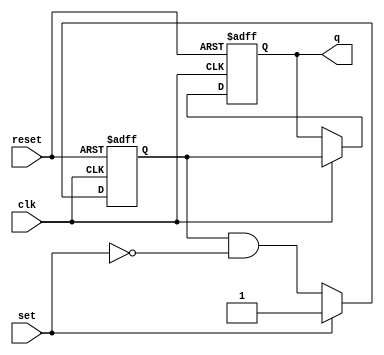
module sr_flipflop (
    input wire clk,
    input wire reset,
    input wire set,
    output reg q
);

reg master_latch;
reg slave_latch;

always @(posedge clk or posedge reset) begin
    if (reset) begin
        master_latch <= 1'b0;
        slave_latch <= 1'b0;
    end
    else begin
        master_latch <= set ? 1'b1 : (master_latch & ~set);
        slave_latch <= clk ? master_latch : slave_latch;
    end
end

assign q = slave_latch;

endmodule